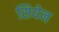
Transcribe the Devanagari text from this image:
सियेन